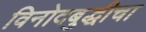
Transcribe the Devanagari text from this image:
विनोदबुद्धीचा